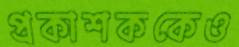
প্রকাশককেও